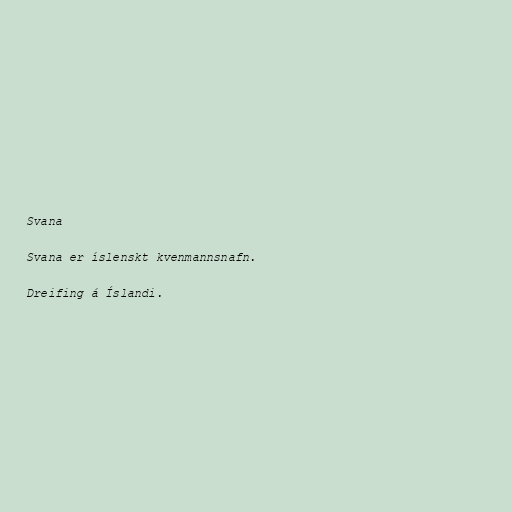
Svana

Svana er íslenskt kvenmannsnafn.

Dreifing á Íslandi.